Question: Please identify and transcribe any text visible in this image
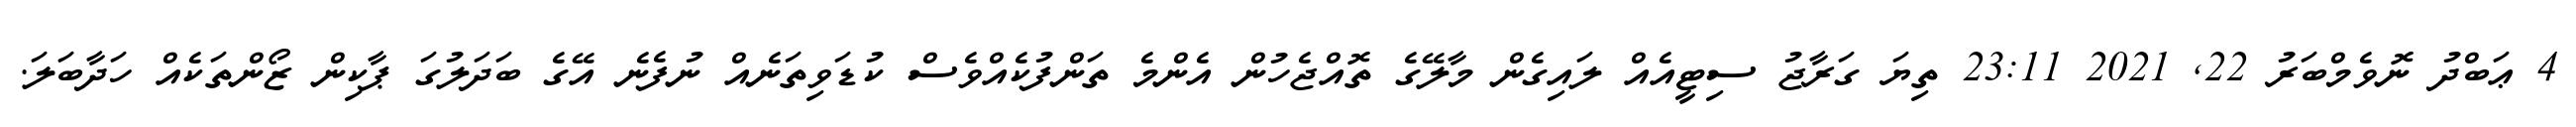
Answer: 4 ޢަބްދު ނޮވެމްބަރު 22, 2021 23:11 ތިޔަ ގަރާޖު ސިޓީއެއް ލައިގެން މާލޭގެ ތޮއްޖެހުން އެންމެ ތަންފުކެއްވެސް ކުޑަވިތަނެއް ނުފެނެ އޭގެ ބަދަލުގަ ޕާކިން ޒޯންތަކެއް ހަދާބަލަ.